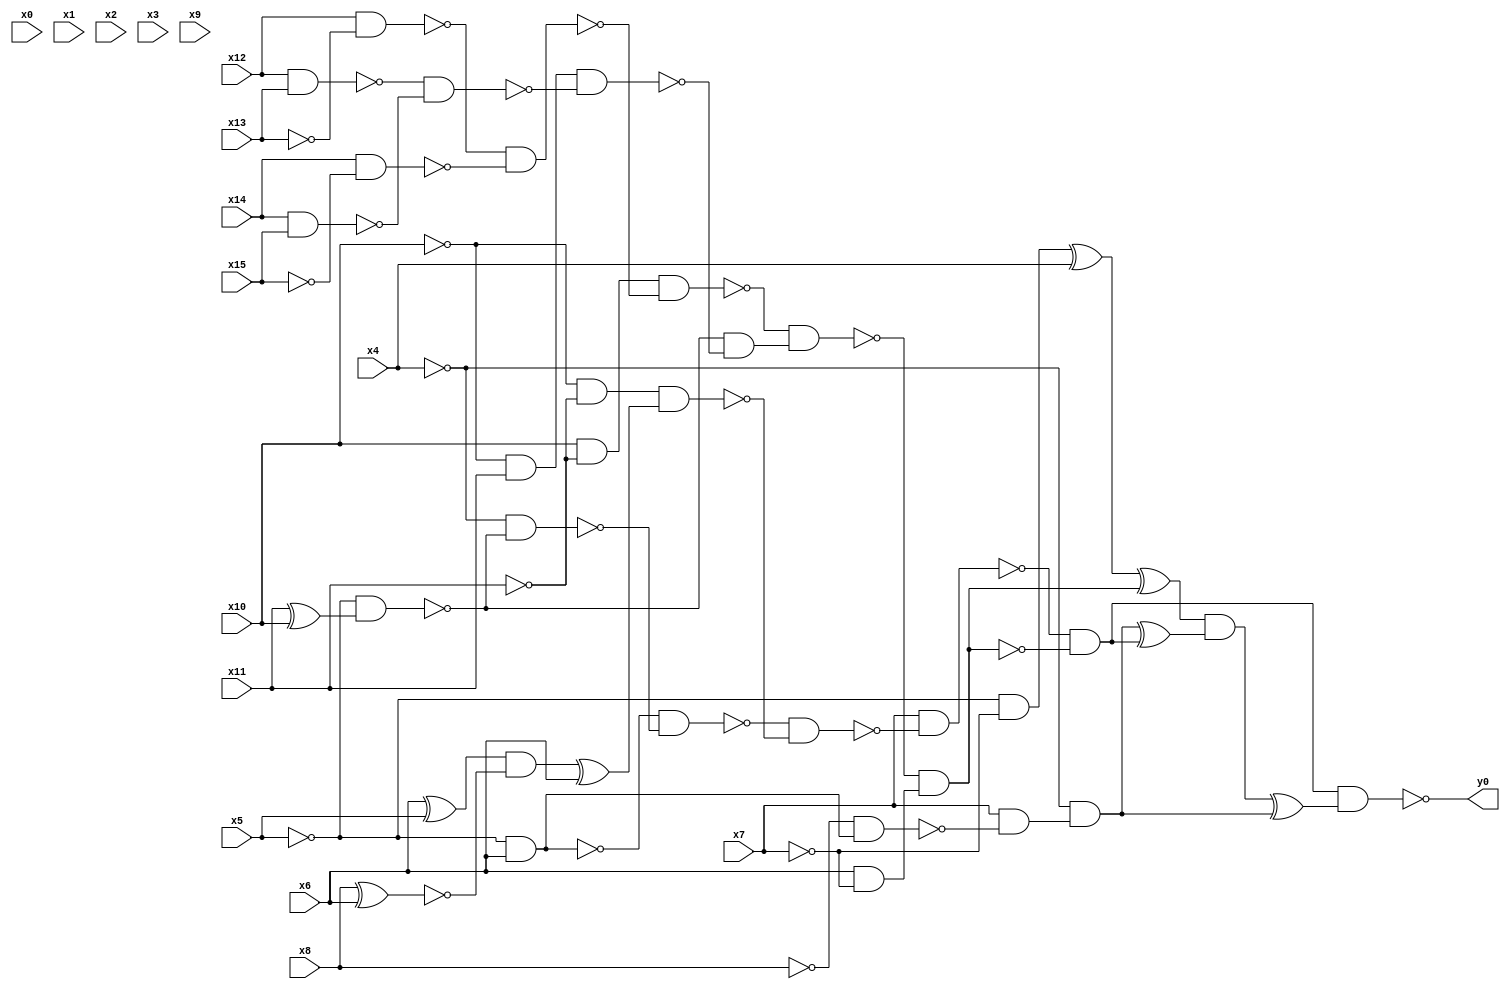
module top( x0 , x1 , x2 , x3 , x4 , x5 , x6 , x7 , x8 , x9 , x10 , x11 , x12 , x13 , x14 , x15 , y0 );
  input x0 , x1 , x2 , x3 , x4 , x5 , x6 , x7 , x8 , x9 , x10 , x11 , x12 , x13 , x14 , x15 ;
  output y0 ;
  wire n17 , n18 , n19 , n20 , n21 , n22 , n23 , n24 , n25 , n26 , n27 , n28 , n29 , n30 , n31 , n32 , n33 , n34 , n35 , n36 , n37 , n38 , n39 , n40 , n41 , n42 , n43 , n44 , n45 , n46 , n47 , n48 , n49 , n50 , n51 , n52 , n53 , n54 ;
  assign n17 = ~x5 & x6 ;
  assign n18 = x11 ^ x10 ;
  assign n19 = ~x5 & n18 ;
  assign n20 = ~x4 & ~n19 ;
  assign n21 = ~n17 & ~n20 ;
  assign n22 = ~x10 & ~x11 ;
  assign n23 = x6 ^ x5 ;
  assign n24 = x8 ^ x6 ;
  assign n25 = n23 & ~n24 ;
  assign n26 = n25 ^ x6 ;
  assign n27 = n22 & n26 ;
  assign n28 = ~n21 & ~n27 ;
  assign n29 = x7 & ~n28 ;
  assign n30 = x10 & ~x11 ;
  assign n31 = x12 & ~x13 ;
  assign n32 = x14 & ~x15 ;
  assign n33 = ~n31 & ~n32 ;
  assign n34 = n30 & ~n33 ;
  assign n35 = ~x10 & x11 ;
  assign n36 = x12 & x13 ;
  assign n37 = x14 & x15 ;
  assign n38 = ~n36 & ~n37 ;
  assign n39 = n35 & ~n38 ;
  assign n40 = ~n19 & ~n39 ;
  assign n41 = ~n34 & n40 ;
  assign n42 = x6 & ~x7 ;
  assign n43 = ~n41 & n42 ;
  assign n44 = ~n29 & ~n43 ;
  assign n45 = ~x5 & ~x7 ;
  assign n46 = n45 ^ x4 ;
  assign n47 = n46 ^ n43 ;
  assign n48 = ~x8 & n17 ;
  assign n49 = x7 & ~n48 ;
  assign n50 = ~x4 & n49 ;
  assign n51 = n50 ^ n44 ;
  assign n52 = n47 & n51 ;
  assign n53 = n52 ^ n50 ;
  assign n54 = n44 & n53 ;
  assign y0 = ~n54 ;
endmodule